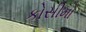
કોસીમો